Annual administration and progress report of the Indian Medical Department, Bombay
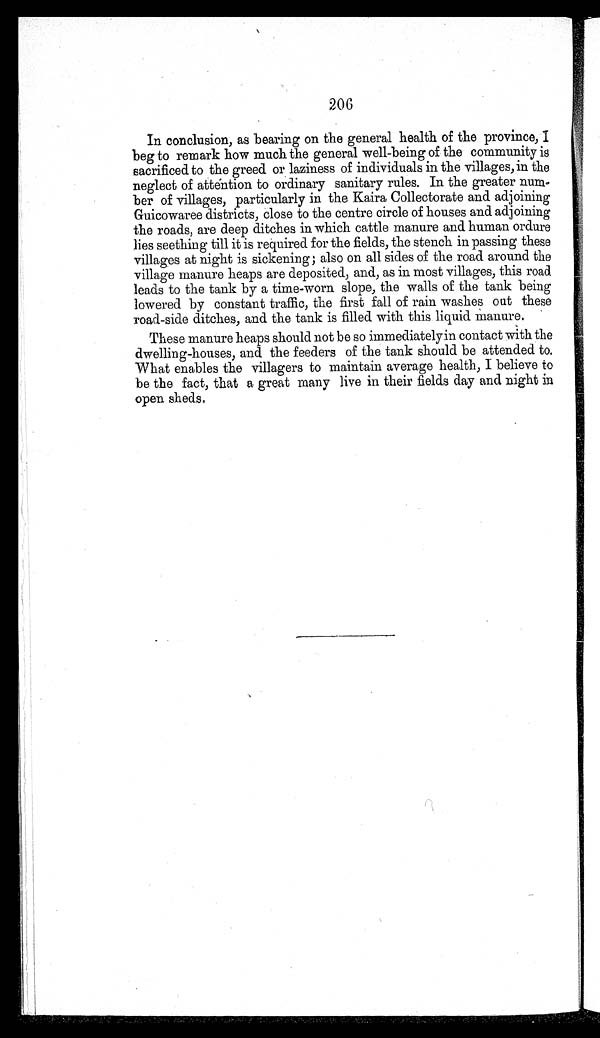
206
In conclusion, as bearing on the general health of the province, I
beg to remark how much the general well-being of the community is
sacrificed to the greed or laziness of individuals in the villages, in the
neglect of attention to ordinary sanitary rules. In the greater num-
ber of villages, particularly in the Kaira Collectorate and adjoining
Guicowaree districts, close to the centre circle of houses and adjoining
the roads, are deep ditches in which cattle manure and human ordure
lies seething till it is required for the fields, the stench in passing these
villages at night is sickening; also on all sides of the road around the
village manure heaps are deposited, and, as in most villages, this road
leads to the tank by a time-worn slope, the walls of the tank being
lowered by constant traffic, the first fall of rain washes out these
road-side ditches, and the tank is filled with this liquid manure.
These manure heaps should not be so immediately in contact with the
dwelling-houses, and the feeders of the tank should be attended to.
What enables the villagers to maintain average health, I believe to
be the fact, that a great many live in their fields day and night in
open sheds.